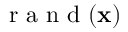
\mathrm { ~ r ~ a ~ n ~ d ~ } ( \mathbf { x } )